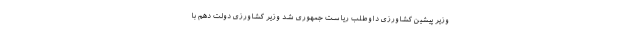
وزیر پیشین کشاورزی داوطلب ریاست جمهوری شد وزیر کشاورزی دولت دهم با